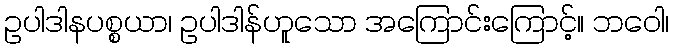
ဥပါဒါနပစ္စယာ၊ ဥပါဒါန်ဟူသော အကြောင်းကြောင့်။ ဘဝေါ၊